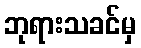
ဘုရားသခင်မှ